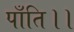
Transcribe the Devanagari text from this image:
पाँति।।